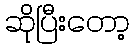
ဆိုပြီးတော့